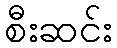
စီးဆင်း